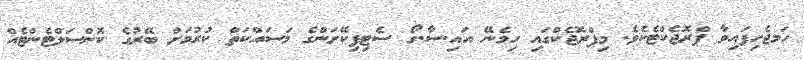
ހަމޖެހިފައިވާ ޕްރޮޖެކްޓެކެވެ. މިޕްރޮޖެކްގައި ހިމެނޭ އައި.ސާ.ގޯ ސެޓިފިކޭށަންގެ މަސައްކަތް ކުރުމަށް ބޭރުގެ ކޮންސަލްޓެންޓެއް